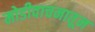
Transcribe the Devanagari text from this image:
मोडीवाचनातून